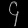
Digit: ၄